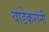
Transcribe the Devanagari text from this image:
वाडेकरांनी